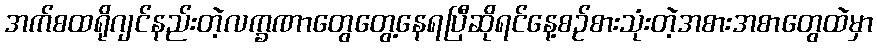
အက်စထရိုဂျင်နည်းတဲ့လက္ခဏာတွေတွေ့နေရပြီဆိုရင်နေ့စဉ်စားသုံးတဲ့အစားအစာတွေထဲမှာ